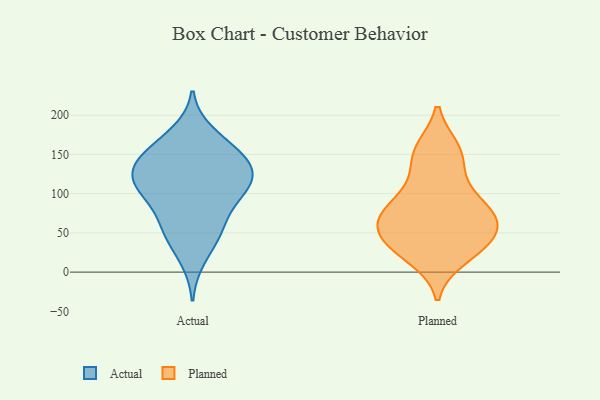
{"axis": {"x": "Customer Acquisition Cost (USD)", "y": "Value"}, "legend": ["Actual", "Planned"], "data": [{"x": "", "y": 52, "type": "Actual"}, {"x": "", "y": 139, "type": "Actual"}, {"x": "", "y": 106, "type": "Actual"}, {"x": "", "y": 109, "type": "Actual"}, {"x": "", "y": 110, "type": "Actual"}, {"x": "", "y": 48, "type": "Actual"}, {"x": "", "y": 74, "type": "Actual"}, {"x": "", "y": 143, "type": "Actual"}, {"x": "", "y": 152, "type": "Actual"}, {"x": "", "y": 169, "type": "Actual"}, {"x": "", "y": 51, "type": "Actual"}, {"x": "", "y": 116, "type": "Actual"}, {"x": "", "y": 105, "type": "Actual"}, {"x": "", "y": 144, "type": "Actual"}, {"x": "", "y": 16, "type": "Actual"}, {"x": "", "y": 127, "type": "Actual"}, {"x": "", "y": 137, "type": "Actual"}, {"x": "", "y": 178, "type": "Actual"}, {"x": "", "y": 89, "type": "Actual"}, {"x": "", "y": 31, "type": "Planned"}, {"x": "", "y": 74, "type": "Planned"}, {"x": "", "y": 148, "type": "Planned"}, {"x": "", "y": 43, "type": "Planned"}, {"x": "", "y": 100, "type": "Planned"}, {"x": "", "y": 156, "type": "Planned"}, {"x": "", "y": 37, "type": "Planned"}, {"x": "", "y": 71, "type": "Planned"}, {"x": "", "y": 72, "type": "Planned"}, {"x": "", "y": 57, "type": "Planned"}, {"x": "", "y": 115, "type": "Planned"}, {"x": "", "y": 154, "type": "Planned"}, {"x": "", "y": 31, "type": "Planned"}, {"x": "", "y": 19, "type": "Planned"}, {"x": "", "y": 68, "type": "Planned"}, {"x": "", "y": 76, "type": "Planned"}]}